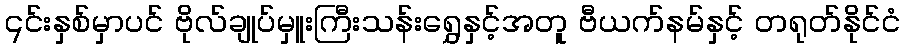
၎င်းနှစ်မှာပင် ဗိုလ်ချုပ်မှူးကြီးသန်းရွှေနှင့်အတူ ဗီယက်နမ်နှင့် တရုတ်နိုင်ငံ